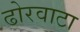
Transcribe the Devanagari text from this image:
ढोरवाटा